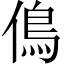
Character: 𠌵